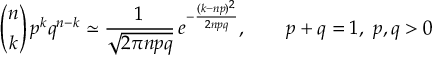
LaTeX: { \binom { n } { k } } \, p ^ { k } q ^ { n - k } \simeq { \frac { 1 } { \sqrt { 2 \pi n p q } } } \, e ^ { - { \frac { ( k - n p ) ^ { 2 } } { 2 n p q } } } , \qquad p + q = 1 , \ p , q > 0